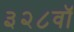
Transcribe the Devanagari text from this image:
३२८वॉ